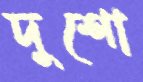
দুশো